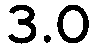
3.0